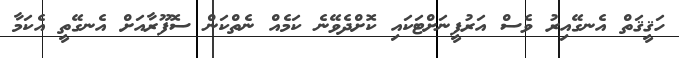
ހަޤީޤަތް އެނގޭއިރު ވެސް އަރުފީނަށްޓަކައި ކޮށްދެވޭނެ ކަމެއް ނެތްކަން ސޮފޫރާއަށް އެނގޭތީ އެކަމާ